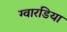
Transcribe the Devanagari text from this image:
ग्वारडिया